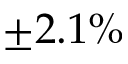
\pm 2 . 1 \%